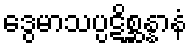
ဒွေမာသပ္ပဋိစ္ဆန္နာနံ